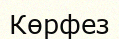
Көрфез